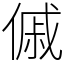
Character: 傶